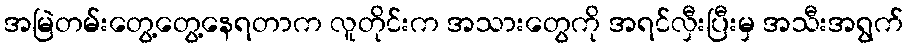
အမြဲတမ်းတွေ့တွေ့နေရတာက လူတိုင်းက အသားတွေကို အရင်လှီးပြီးမှ အသီးအရွက်